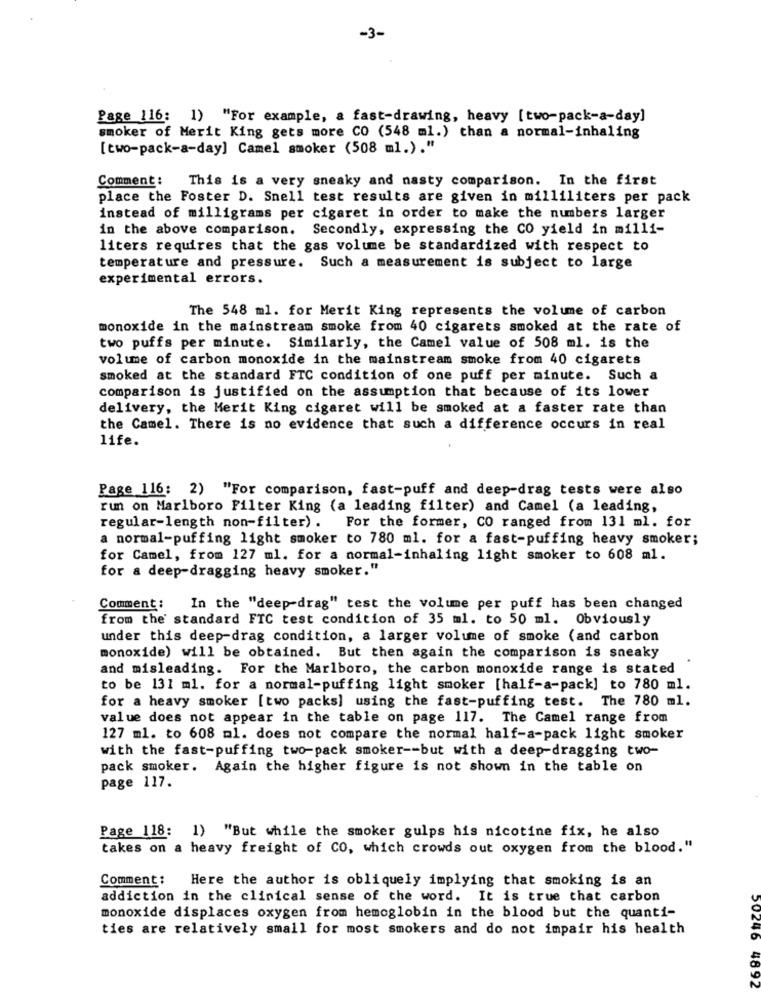
-3-
Page 116: 1) "For example, a fast-drawing, heavy [two-pack-a-day]
smoker of Merit King gets more CO (548 ml.) than a normal-inhaling
[two-pack-a-day] Camel smoker (508 ml.)."
Comment :
This is a very sneaky and nasty comparison. In the first
place the Foster D. Snell test results are given in milliliters per pack
instead of milligrams per cigaret in order to make the numbers larger
in the above comparison.
Secondly, expressing the CO yield in milli-
liters requires that the gas volume be standardized with respect to
temperature and pressure. Such a measurement is subject to large
experimental errors.
The 548 ml. for Merit King represents the volume of carbon
monoxide in the mainstream smoke from 40 cigarets smoked at the rate of
two puffs per minute. Similarly, the Camel value of 508 ml. is the
volume of carbon monoxide in the mainstream smoke from 40 cigarets
smoked at the standard FTC condition of one puff per minute. Such a
comparison is justified on the assumption that because of its lower
delivery, the Merit King cigaret will be smoked at a faster rate than
the Camel. There is no evidence that such a difference occurs in real
life.
Page 116: 2) "For comparison, fast-puff and deep-drag tests were also
run on Marlboro Filter King (a leading filter) and Camel (a leading,
regular-length non-filter) .
For the former, CO ranged from 131 ml. for
a normal-puffing light smoker to 780 ml. for a fast-puffing heavy smoker;
for Camel, from 127 ml. for a normal-inhaling light smoker to 608 ml.
for a deep-dragging heavy smoker."
Comment:
In the "deep-drag" test the volume per puff has been changed
from the standard FTC test condition of 35 ml. to 50 ml. Obviously
under this deep-drag condition, a larger volume of smoke (and carbon
monoxide) will be obtained. But then again the comparison is sneaky
and misleading. For the Marlboro, the carbon monoxide range is stated
to be 131 ml. for a normal-puffing light smoker [half-a-pack] to 780 ml.
for a heavy smoker [two packs] using the fast-puffing test. The 780 ml.
value does not appear in the table on page 117. The Camel range from
127 ml. to 608 ml. does not compare the normal half-a-pack light smoker
with the fast-puffing two-pack smoker -- but with a deep-dragging two-
pack smoker. Again the higher figure is not shown in the table on
page 117.
Page 118: 1) "But while the smoker gulps his nicotine fix, he also
takes on a heavy freight of CO, which crowds out oxygen from the blood."
Comment:
Here the author is obliquely implying that smoking is an
addiction in the clinical sense of the word. It is true that carbon
monoxide displaces oxygen from hemoglobin in the blood but the quanti-
ties are relatively small for most smokers and do not impair his health
50246 48